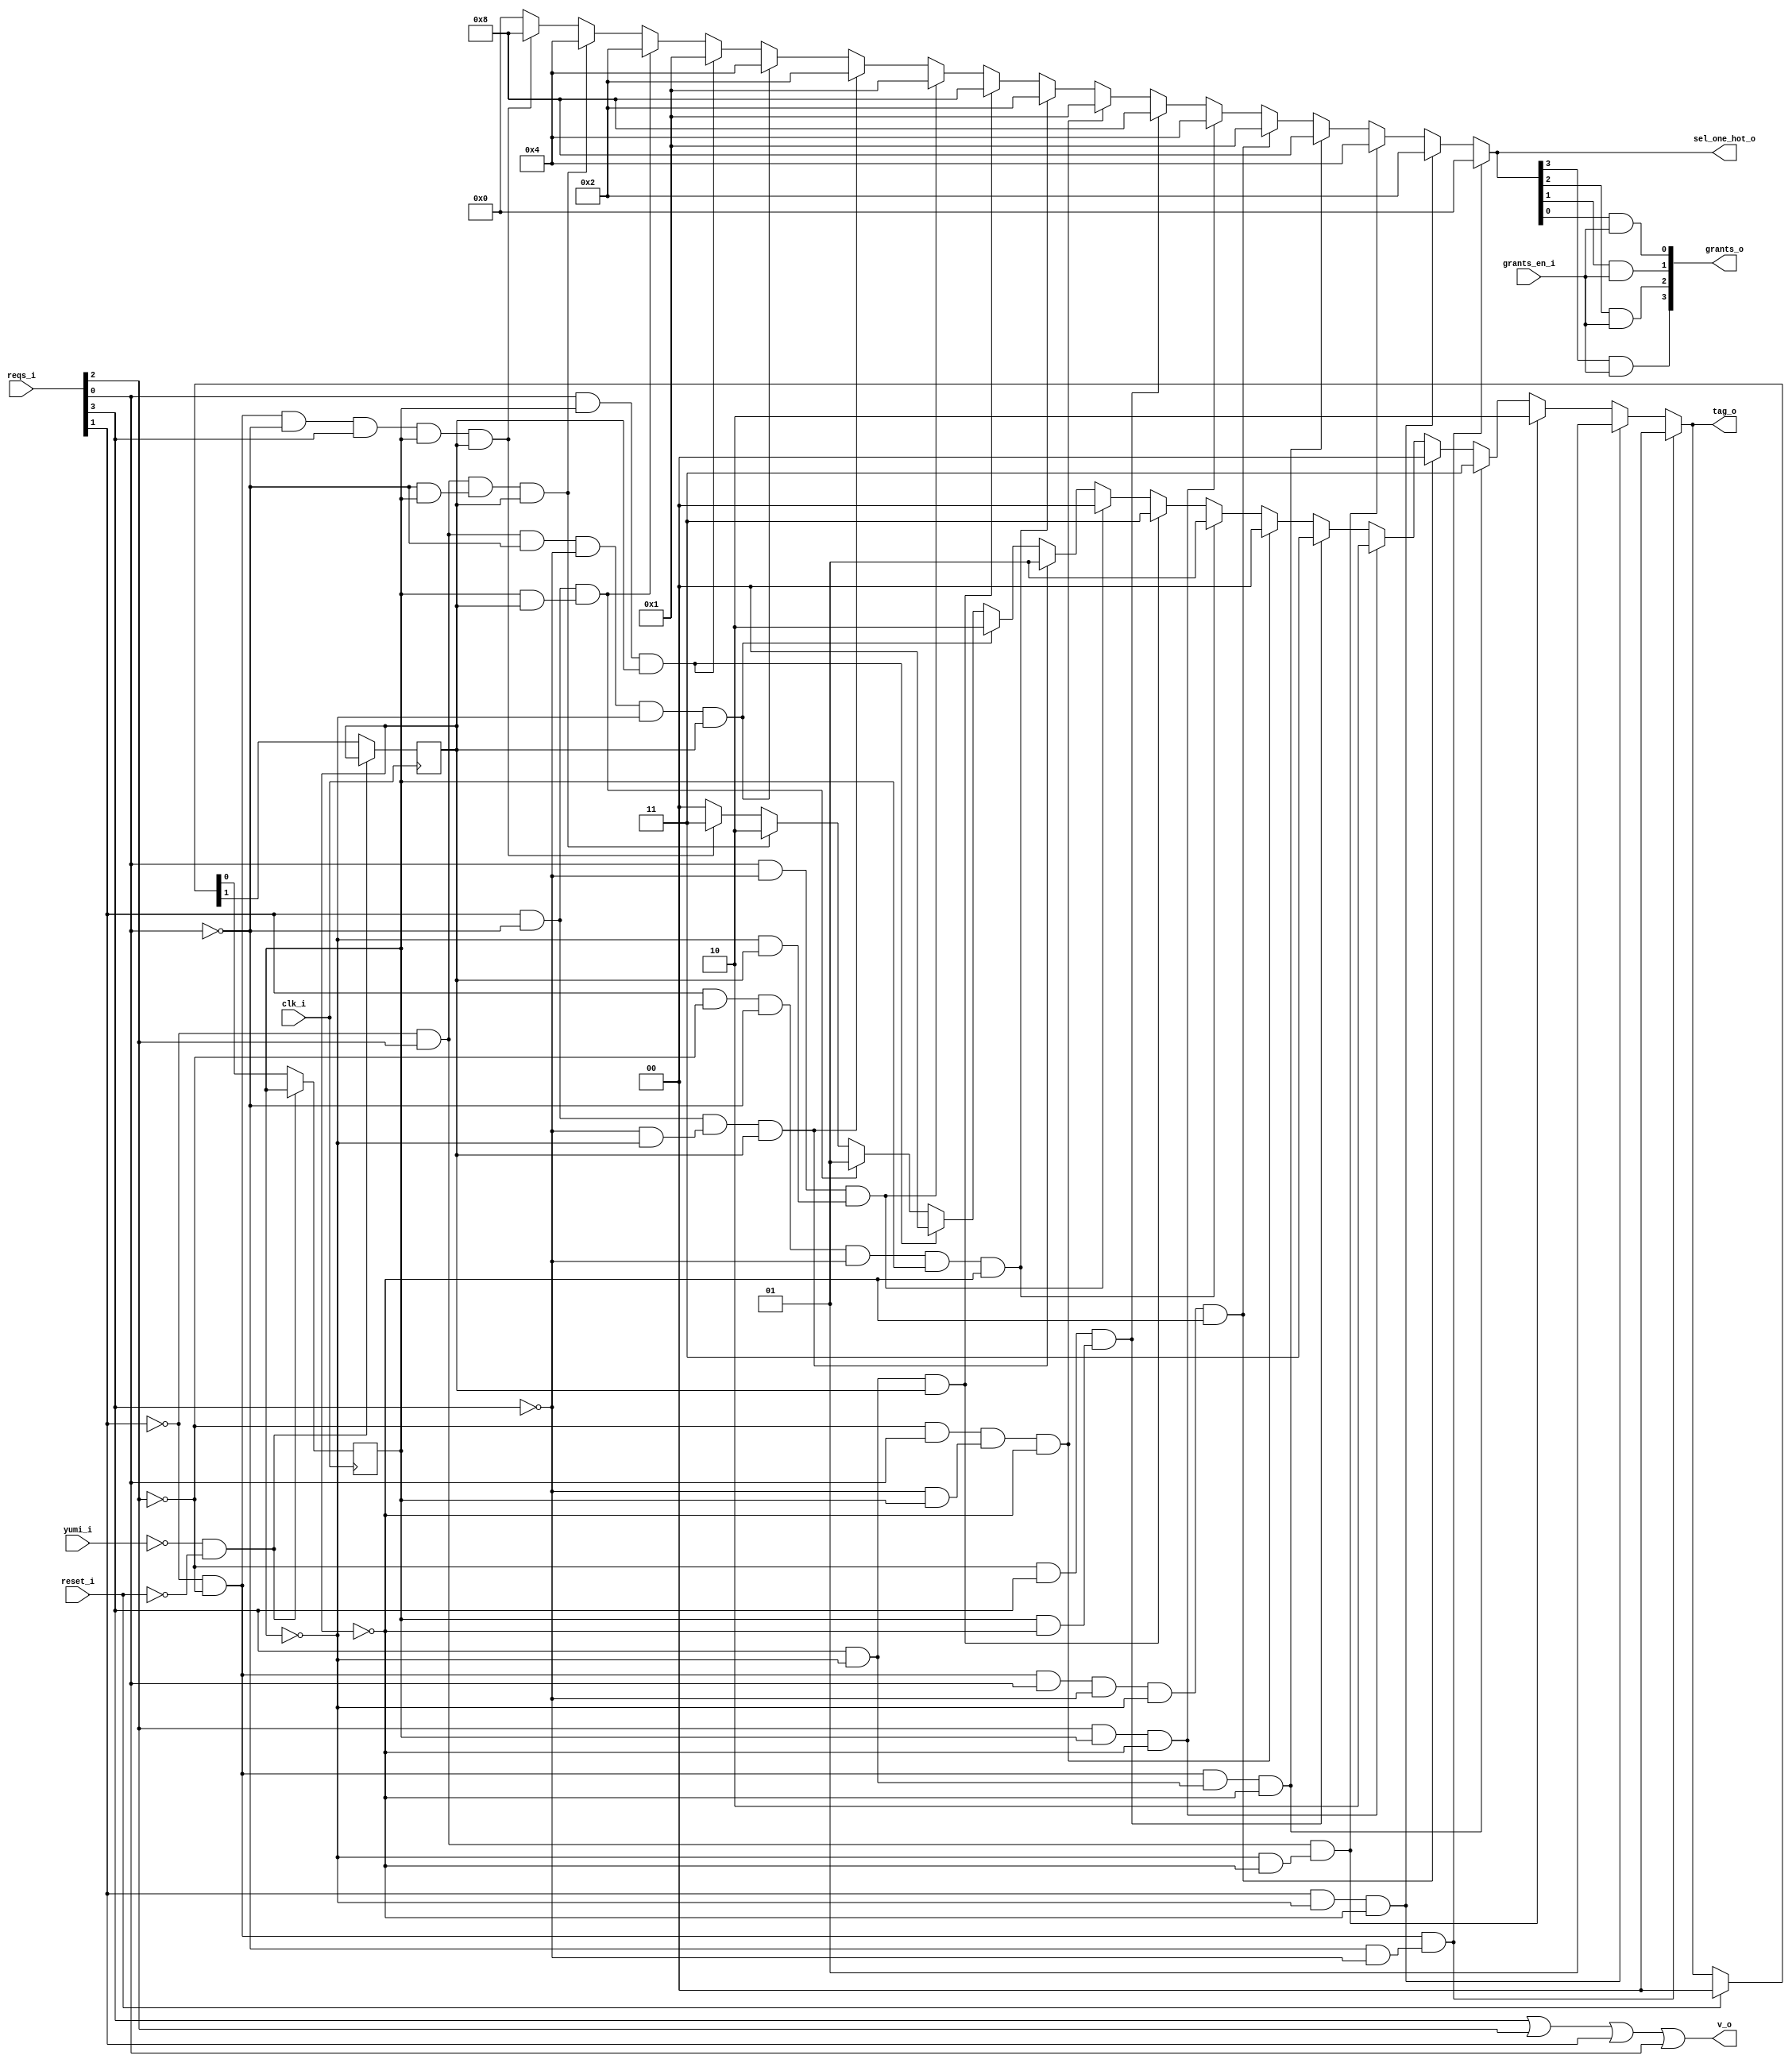
module bsg_round_robin_arb_04
(
  clk_i,
  reset_i,
  grants_en_i,
  reqs_i,
  grants_o,
  sel_one_hot_o,
  v_o,
  tag_o,
  yumi_i
);

  input [3:0] reqs_i;
  output [3:0] grants_o;
  output [3:0] sel_one_hot_o;
  output [1:0] tag_o;
  input clk_i;
  input reset_i;
  input grants_en_i;
  input yumi_i;
  output v_o;
  wire [3:0] grants_o,sel_one_hot_o;
  wire [1:0] tag_o,last_r;
  wire v_o,N0,N1,N2,N3,N4,N5,N6,N7,N8,N9,N10,N11,N12,N13,N14,N15,N16,N17,N18,N19,N20,
  N21,N22,N23,N24,N25,N26,N27,N28,N29,N30,N31,N32,N33,N34,N35,N36,N37,N38,N39,N40,
  N41,N42,N43,N44,N45,N46,N47,N48,N49,N50,N51,N52,N53,N54,N55,N56,N57,N58,N59,N60,
  N61,N62,N63,N64,N65,N66,N67,N68,N69,N70,N71,N72,N73,N74,N75,N76,N77,N78,N79,N80,
  N81,N82,N83,N84,N85,N86,N87,N88,N89,N90,N91,N92,N93,N94,N95,N96,N97,N98,N99,N100,
  N101,N102,N103;
  reg last_r_1_sv2v_reg,last_r_0_sv2v_reg;
  assign last_r[1] = last_r_1_sv2v_reg;
  assign last_r[0] = last_r_0_sv2v_reg;

  always @(posedge clk_i) begin
    if(N101) begin
      last_r_1_sv2v_reg <= N99;
    end 
  end


  always @(posedge clk_i) begin
    if(N101) begin
      last_r_0_sv2v_reg <= N98;
    end 
  end

  assign N79 = N0 & N1 & (N2 & N3);
  assign N0 = ~reqs_i[1];
  assign N1 = ~reqs_i[2];
  assign N2 = ~reqs_i[0];
  assign N3 = ~reqs_i[3];
  assign N80 = reqs_i[1] & N4 & N5;
  assign N4 = ~last_r[0];
  assign N5 = ~last_r[1];
  assign N81 = N6 & reqs_i[2] & (N7 & N8);
  assign N6 = ~reqs_i[1];
  assign N7 = ~last_r[0];
  assign N8 = ~last_r[1];
  assign N82 = N9 & N10 & (reqs_i[3] & N11) & N12;
  assign N9 = ~reqs_i[1];
  assign N10 = ~reqs_i[2];
  assign N11 = ~last_r[0];
  assign N12 = ~last_r[1];
  assign N13 = N17 & N18;
  assign N14 = N13 & reqs_i[0];
  assign N15 = N14 & N19;
  assign N16 = N15 & N20;
  assign N83 = N16 & N21;
  assign N17 = ~reqs_i[1];
  assign N18 = ~reqs_i[2];
  assign N19 = ~reqs_i[3];
  assign N20 = ~last_r[0];
  assign N21 = ~last_r[1];
  assign N84 = reqs_i[2] & last_r[0] & N22;
  assign N22 = ~last_r[1];
  assign N85 = N23 & reqs_i[3] & (last_r[0] & N24);
  assign N23 = ~reqs_i[2];
  assign N24 = ~last_r[1];
  assign N86 = N25 & reqs_i[0] & (N26 & last_r[0]) & N27;
  assign N25 = ~reqs_i[2];
  assign N26 = ~reqs_i[3];
  assign N27 = ~last_r[1];
  assign N28 = reqs_i[1] & N32;
  assign N29 = N28 & N33;
  assign N30 = N29 & N34;
  assign N31 = N30 & last_r[0];
  assign N87 = N31 & N35;
  assign N32 = ~reqs_i[2];
  assign N33 = ~reqs_i[0];
  assign N34 = ~reqs_i[3];
  assign N35 = ~last_r[1];
  assign N88 = reqs_i[3] & N36 & last_r[1];
  assign N36 = ~last_r[0];
  assign N89 = reqs_i[0] & N37 & (N38 & last_r[1]);
  assign N37 = ~reqs_i[3];
  assign N38 = ~last_r[0];
  assign N90 = reqs_i[1] & N39 & (N40 & N41) & last_r[1];
  assign N39 = ~reqs_i[0];
  assign N40 = ~reqs_i[3];
  assign N41 = ~last_r[0];
  assign N42 = N46 & reqs_i[2];
  assign N43 = N42 & N47;
  assign N44 = N43 & N48;
  assign N45 = N44 & N49;
  assign N91 = N45 & last_r[1];
  assign N46 = ~reqs_i[1];
  assign N47 = ~reqs_i[0];
  assign N48 = ~reqs_i[3];
  assign N49 = ~last_r[0];
  assign N92 = reqs_i[0] & last_r[0] & last_r[1];
  assign N93 = reqs_i[1] & N50 & (last_r[0] & last_r[1]);
  assign N50 = ~reqs_i[0];
  assign N94 = N51 & reqs_i[2] & (N52 & last_r[0]) & last_r[1];
  assign N51 = ~reqs_i[1];
  assign N52 = ~reqs_i[0];
  assign N53 = N57 & N58;
  assign N54 = N53 & N59;
  assign N55 = N54 & reqs_i[3];
  assign N56 = N55 & last_r[0];
  assign N95 = N56 & last_r[1];
  assign N57 = ~reqs_i[1];
  assign N58 = ~reqs_i[2];
  assign N59 = ~reqs_i[0];
  assign sel_one_hot_o = (N60)? { 1'b0, 1'b0, 1'b0, 1'b0 } : 
                         (N61)? { 1'b0, 1'b0, 1'b1, 1'b0 } : 
                         (N62)? { 1'b0, 1'b1, 1'b0, 1'b0 } : 
                         (N63)? { 1'b1, 1'b0, 1'b0, 1'b0 } : 
                         (N64)? { 1'b0, 1'b0, 1'b0, 1'b1 } : 
                         (N65)? { 1'b0, 1'b1, 1'b0, 1'b0 } : 
                         (N66)? { 1'b1, 1'b0, 1'b0, 1'b0 } : 
                         (N67)? { 1'b0, 1'b0, 1'b0, 1'b1 } : 
                         (N68)? { 1'b0, 1'b0, 1'b1, 1'b0 } : 
                         (N69)? { 1'b1, 1'b0, 1'b0, 1'b0 } : 
                         (N70)? { 1'b0, 1'b0, 1'b0, 1'b1 } : 
                         (N71)? { 1'b0, 1'b0, 1'b1, 1'b0 } : 
                         (N72)? { 1'b0, 1'b1, 1'b0, 1'b0 } : 
                         (N73)? { 1'b0, 1'b0, 1'b0, 1'b1 } : 
                         (N74)? { 1'b0, 1'b0, 1'b1, 1'b0 } : 
                         (N75)? { 1'b0, 1'b1, 1'b0, 1'b0 } : 
                         (N76)? { 1'b1, 1'b0, 1'b0, 1'b0 } : 1'b0;
  assign N60 = N79;
  assign N61 = N80;
  assign N62 = N81;
  assign N63 = N82;
  assign N64 = N83;
  assign N65 = N84;
  assign N66 = N85;
  assign N67 = N86;
  assign N68 = N87;
  assign N69 = N88;
  assign N70 = N89;
  assign N71 = N90;
  assign N72 = N91;
  assign N73 = N92;
  assign N74 = N93;
  assign N75 = N94;
  assign N76 = N95;
  assign tag_o = (N60)? { 1'b0, 1'b0 } : 
                 (N61)? { 1'b0, 1'b1 } : 
                 (N62)? { 1'b1, 1'b0 } : 
                 (N63)? { 1'b1, 1'b1 } : 
                 (N64)? { 1'b0, 1'b0 } : 
                 (N65)? { 1'b1, 1'b0 } : 
                 (N66)? { 1'b1, 1'b1 } : 
                 (N67)? { 1'b0, 1'b0 } : 
                 (N68)? { 1'b0, 1'b1 } : 
                 (N69)? { 1'b1, 1'b1 } : 
                 (N70)? { 1'b0, 1'b0 } : 
                 (N71)? { 1'b0, 1'b1 } : 
                 (N72)? { 1'b1, 1'b0 } : 
                 (N73)? { 1'b0, 1'b0 } : 
                 (N74)? { 1'b0, 1'b1 } : 
                 (N75)? { 1'b1, 1'b0 } : 
                 (N76)? { 1'b1, 1'b1 } : 1'b0;
  assign { N99, N98 } = (N77)? { 1'b0, 1'b0 } : 
                        (N78)? tag_o : 1'b0;
  assign N77 = reset_i;
  assign N78 = N97;
  assign grants_o[3] = sel_one_hot_o[3] & grants_en_i;
  assign grants_o[2] = sel_one_hot_o[2] & grants_en_i;
  assign grants_o[1] = sel_one_hot_o[1] & grants_en_i;
  assign grants_o[0] = sel_one_hot_o[0] & grants_en_i;
  assign v_o = N103 | reqs_i[0];
  assign N103 = N102 | reqs_i[1];
  assign N102 = reqs_i[3] | reqs_i[2];
  assign N96 = ~yumi_i;
  assign N97 = ~reset_i;
  assign N100 = N96 & N97;
  assign N101 = ~N100;

endmodule